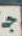
ج